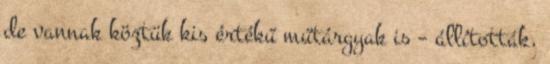
de vannak köztük kis értékű műtárgyak is – állították.